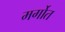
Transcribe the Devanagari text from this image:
मर्गोत